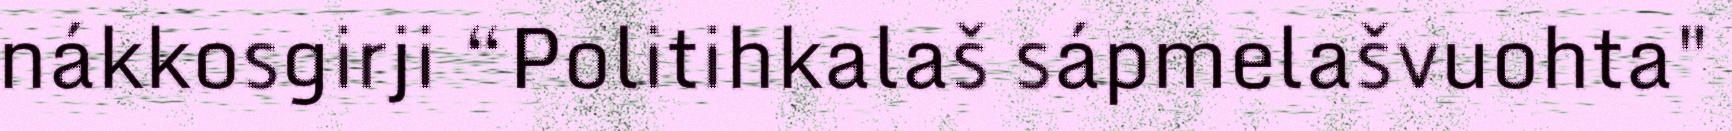
nákkosgirji “Politihkalaš sápmelašvuohta"